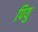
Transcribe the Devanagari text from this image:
पियु